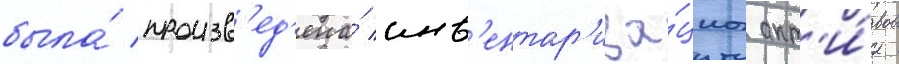
была́ произв'ед'ена́ инв'ентар'иза́циа акт'и́вов